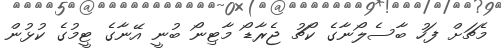
މެޗަށް ފަހު ބާސެލޯނާގެ ކޯޗު ޖެރާޑޯ މާޓިނޯ ބުނީ އޭނާގެ ޓީމުގެ ކުޅުން